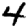
Digit: 4